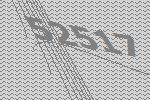
52517